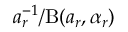
a _ { r } ^ { - 1 } / \mathrm { B } ( a _ { r } , \alpha _ { r } )